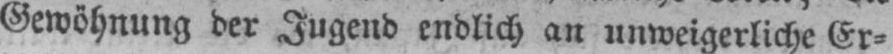
endlich an unweigerliche Er⸗